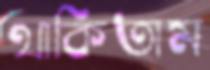
থাকিতাম